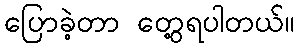
ပြောခဲ့တာ တွေ့ရပါတယ်။